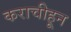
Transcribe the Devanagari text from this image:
कराचीहून